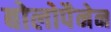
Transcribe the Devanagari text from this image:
बोलोपैनेन